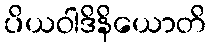
ပိယဝါဒိနိယောတိ